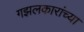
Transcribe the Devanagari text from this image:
गझलकारांच्या